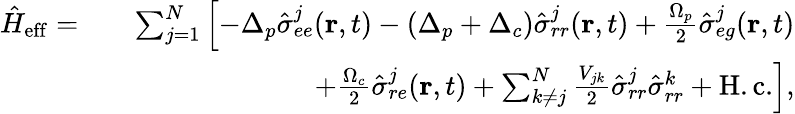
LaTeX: \begin{array}{rlr}{\hat{H}_{\mathrm{eff}}=}&{}&{\sum_{j=1}^{N}\left[-\Delta_{p}\hat{\sigma}_{ee}^{j}(\mathbf{r},t)-(\Delta_{p}+\Delta_{c})\hat{\sigma}_{rr}^{j}(\mathbf{r},t)+\frac{\Omega_{p}}{2}\hat{\sigma}_{eg}^{j}(\mathbf{r},t)\right.}\\ &{}&{\left.+\frac{\Omega_{c}}{2}\hat{\sigma}_{re}^{j}(\mathbf{r},t)+\sum_{k\neq j}^{N}\frac{V_{jk}}{2}\hat{\sigma}_{rr}^{j}\hat{\sigma}_{rr}^{k}+\mathrm{H.c.}\right],}\end{array}